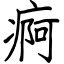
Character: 痾